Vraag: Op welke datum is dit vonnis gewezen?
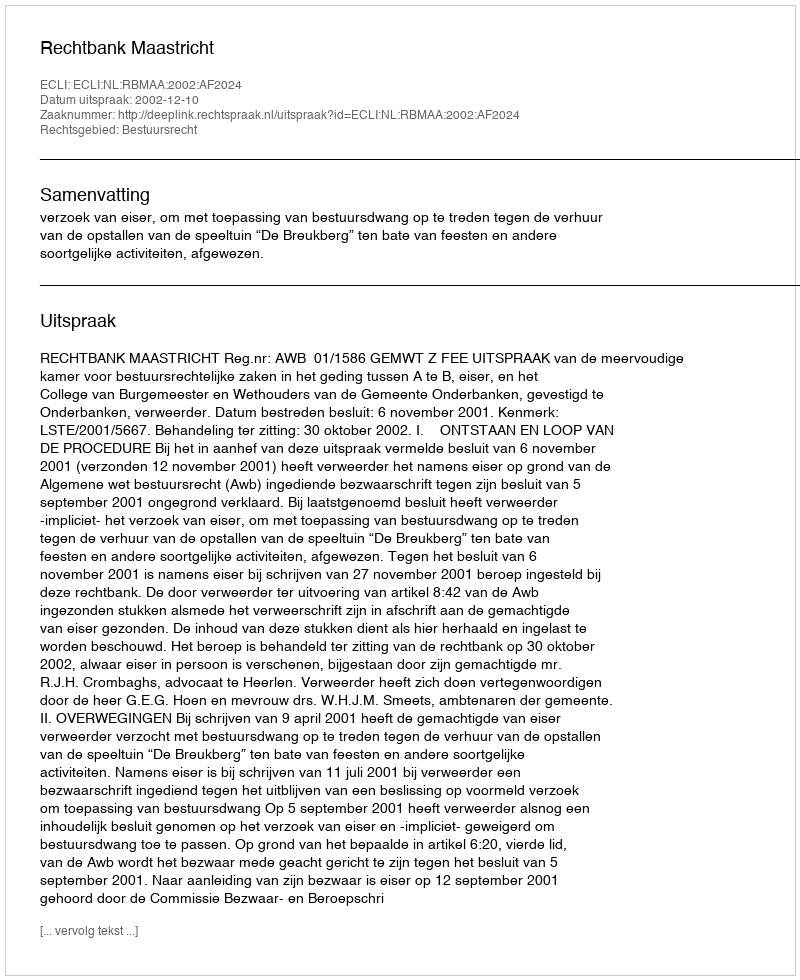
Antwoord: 2002-12-10